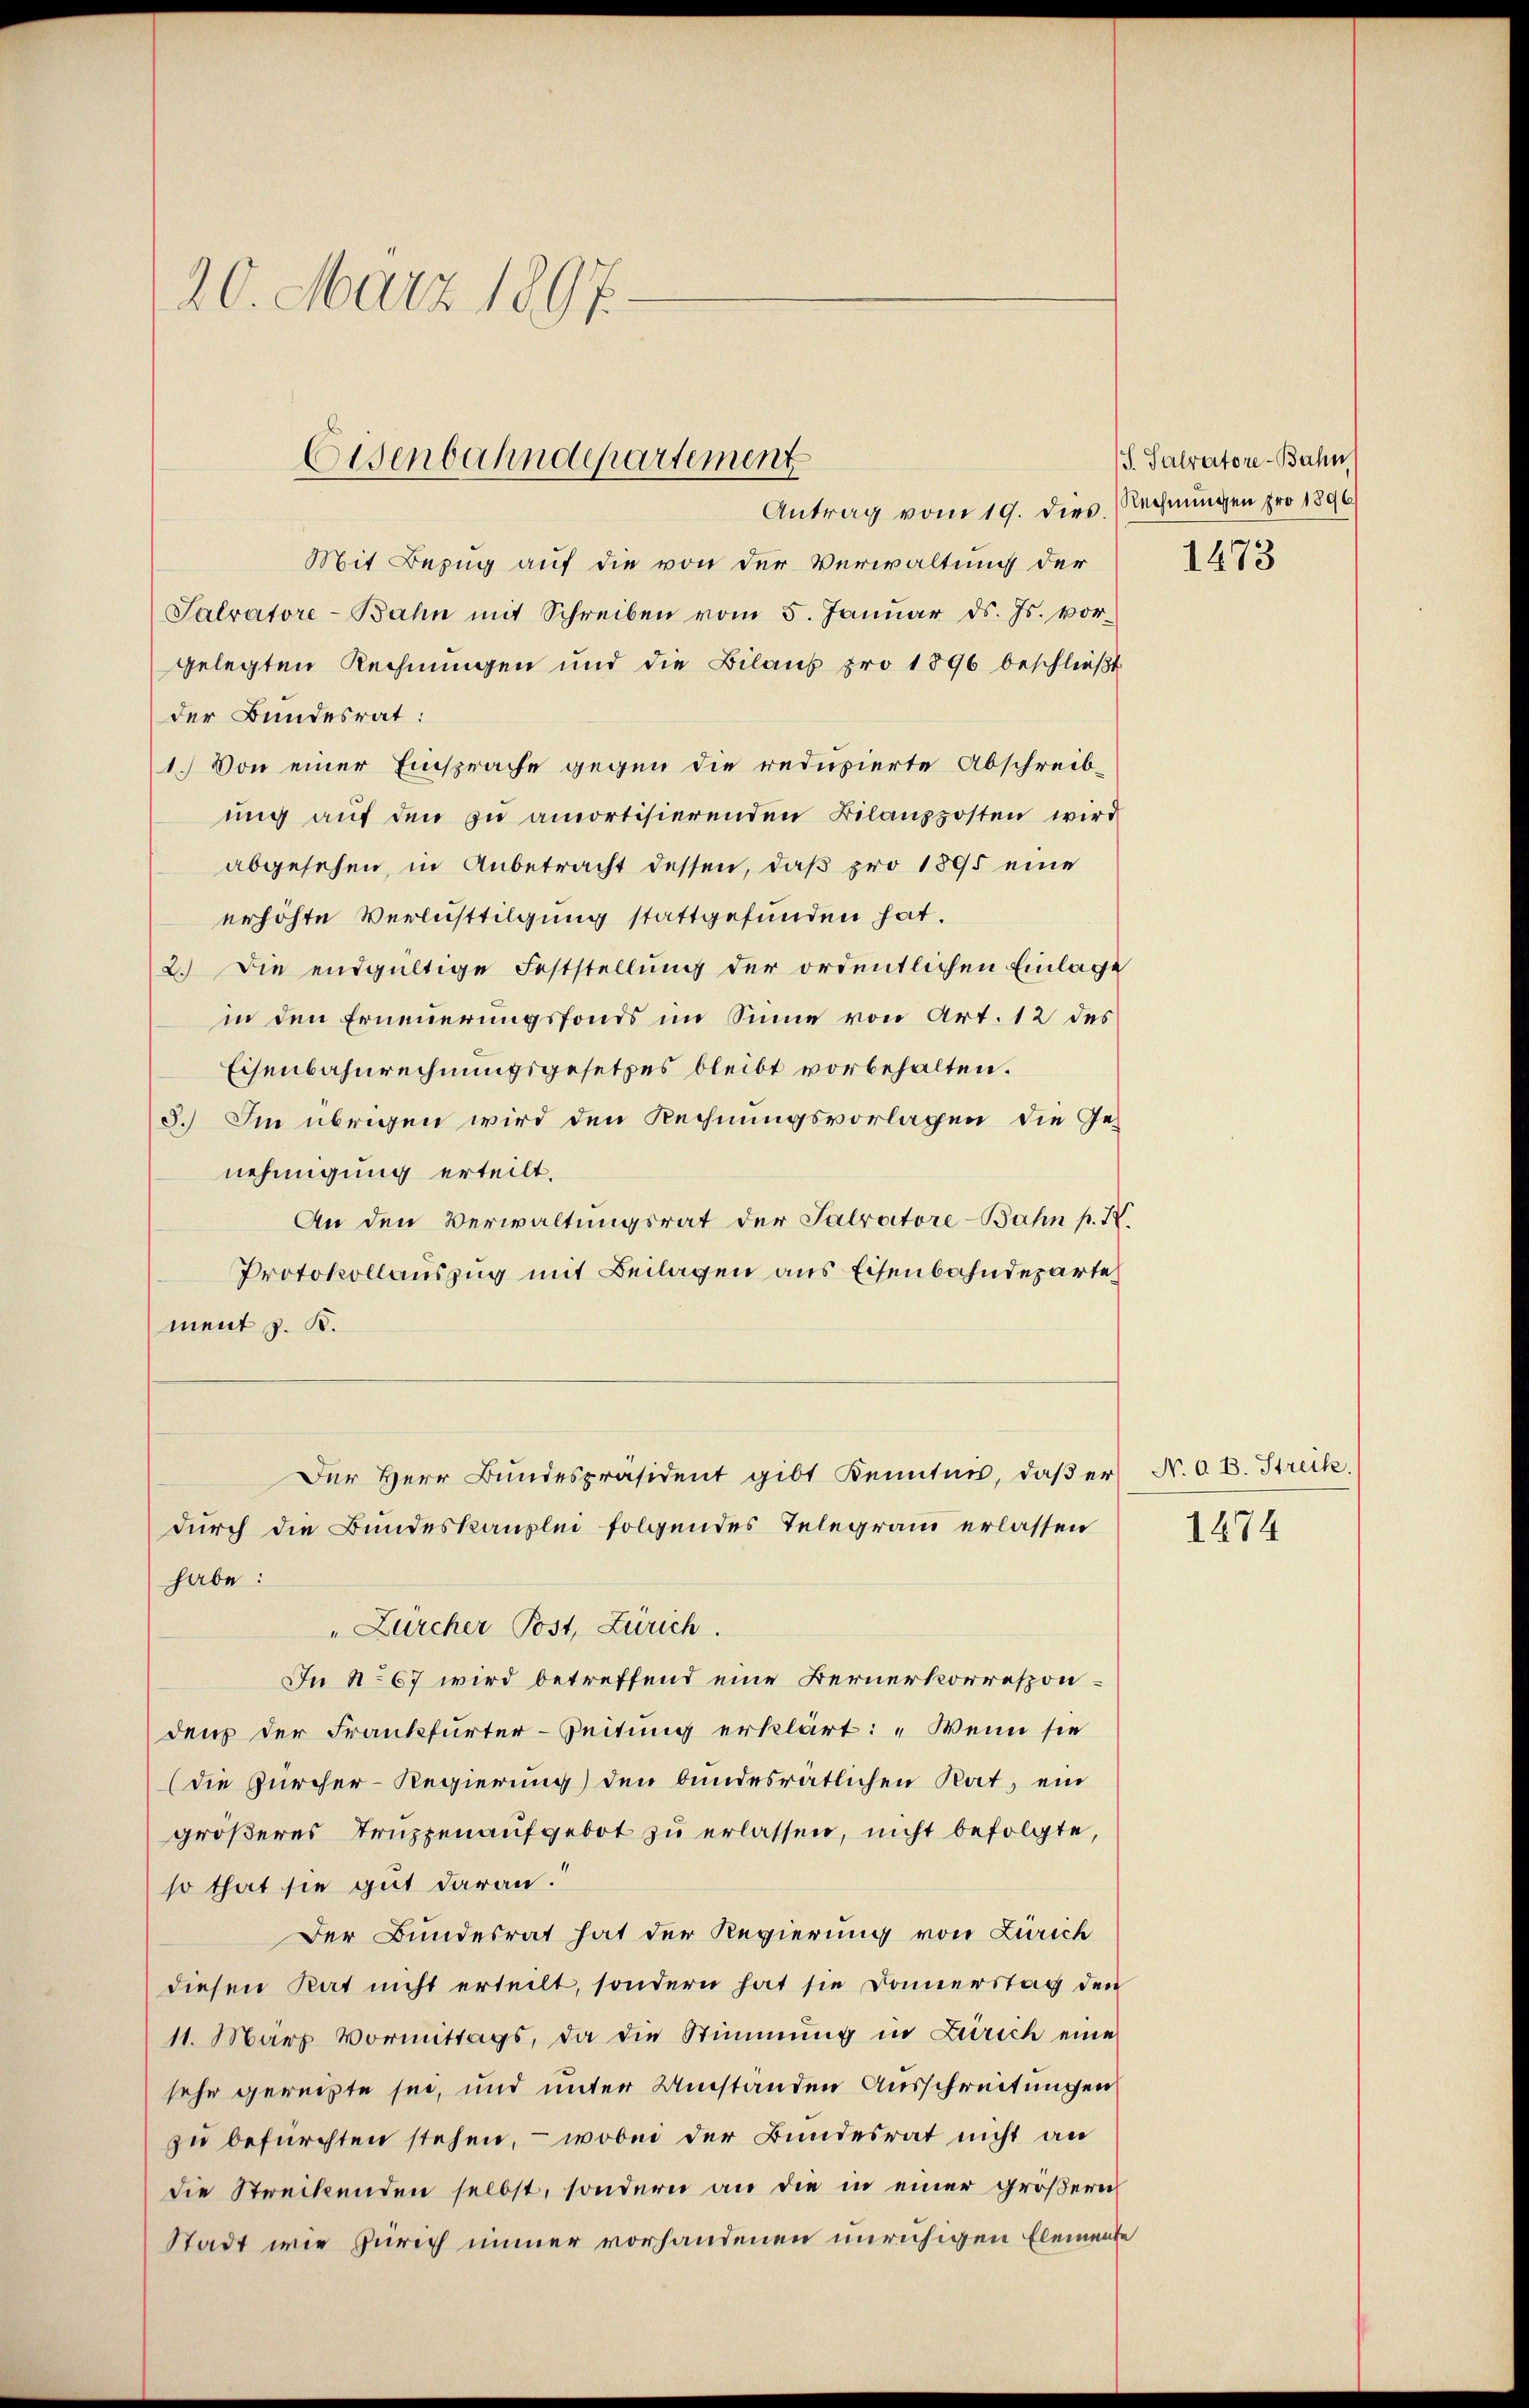
20. März 1897.

Eisenbahndepartement

Antrag vom 19. dies Rechnungen pro 1896
Mit Bezug auf die von der Verwaltung der
Salvatore-Bahn mit Schreiben vom 5. Janŭar d. Js. vor-
gelegten Rechnungen und die Bilans pro 1896 beschließt
der Bundesrat:
1.) Von einer Einsprache gegen die reduzierte Abschreib-
ŭng aŭf den zŭ amortisierenden Bilanzposten wird
abgesehen, in Anbetracht dessen, daß pro 1895 eine
erhöhte Verlusttilgung stattgefunden hat.
2.) Die endgültige Feststellung der ordentlichen Einlage
in den Erneuerungsfonds im Sinne von Art. 12 des
Eisenbahnrechnungsgesetzes bleibt vorbehalten.
8.) Im übrigen wird den Rechnungsvorlagen, die Genehmigung erteilt.
An den Verwaltungsrat der Salvatore-Bahn p. X.
Protokollauszug mit Beilagen aus Eisenbahndeparte
ment z. B.
Der Herr Bundespräsident gibt Kenntnis, daß er N. O. B. Streik
durch die Bundeskanzlei folgendes Telegram erlassen
habe:
"Zürcher Post, Zürich.
In No 67 wird betreffend eine Bernerkorrespondens der Frankfurter-Zeitung erklärt: „Wenn sie
(die Zürcher-Regierung) den bundesrätlichen Rat, ein
größeres Truppenaufgebot zu erlassen, nicht befolgte,
so that sie gut daran.
Der Bundesrat hat der Regierung von Zürich
diesen Rat nicht erteilt, sondern hat sie Donnerstag den
11. März Vormittags, da die Stimmung in Zürich eine
sehr gereite sei, und unter Umstanden Ausschreitungen
zu befürchten stehen, – wobei der Bundesrat nicht an
die Streitenden selbst, sondern an die in einer größern
Stadt wie Zürich immer vorhandenen unruhigen Elemente

S. Salvatore-Bahn

1473

1874